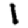
Digit: 1